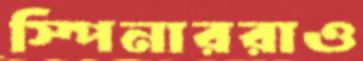
স্পিনাররাও